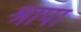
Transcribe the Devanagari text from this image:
श्रापा